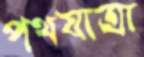
পথযাত্রা